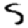
Digit: 5